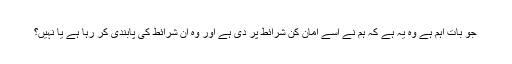
جو بات اہم ہے وہ یہ ہے کہ ہم نے اسے امان کن شرائط پر دی ہے اور وہ ان شرائط کی پابندی کر رہا ہے یا نہیں؟